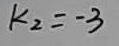
k _ { 2 } = - 3